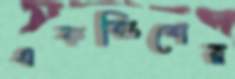
একবিংশের